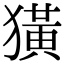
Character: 獚